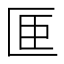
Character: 𪟭